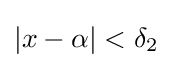
|x-\alpha |<\delta _{2}